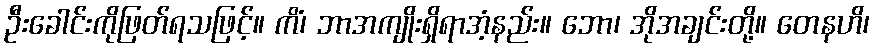
ဦးခေါင်းကိုဖြတ်ရသဖြင့်။ ကိံ၊ ဘာအကျိုးရှိရာအံ့နည်း။ ဘော၊ အိုအချင်းတို့။ တေနဟိ၊